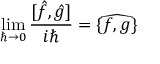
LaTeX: \operatorname * { l i m } _ { \hbar \rightarrow 0 } \frac { [ \hat { f } , \hat { g } ] } { i \hbar } = \widehat { \{ f , g \} }